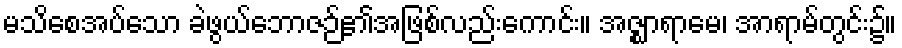
မသိစေအပ်သော ခဲဖွယ်ဘောဇဉ်၏အဖြစ်လည်းကောင်း။ အဇ္ဈာရာမေ၊ အာရာမ်တွင်း၌။